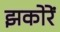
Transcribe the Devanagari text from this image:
झकोरें